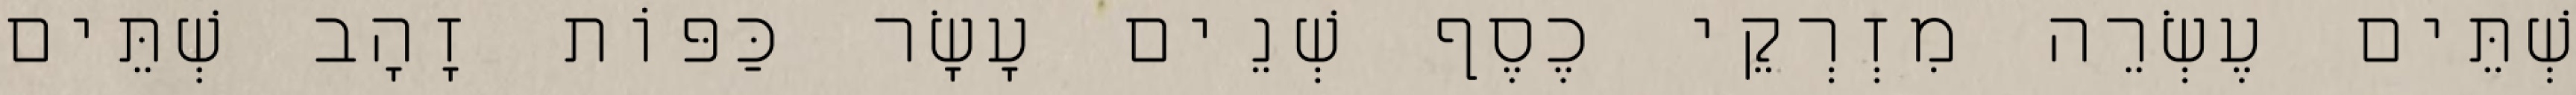
שְׁתֵּים עֶשְׂרֵה מִזְרְקֵי כֶסֶף שְׁנֵים עָשָׂר כַּפּוֹת זָהָב שְׁתֵּים